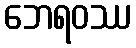
ဘေရဝဿ